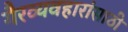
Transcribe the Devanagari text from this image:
गैरव्यवहारांसाठी